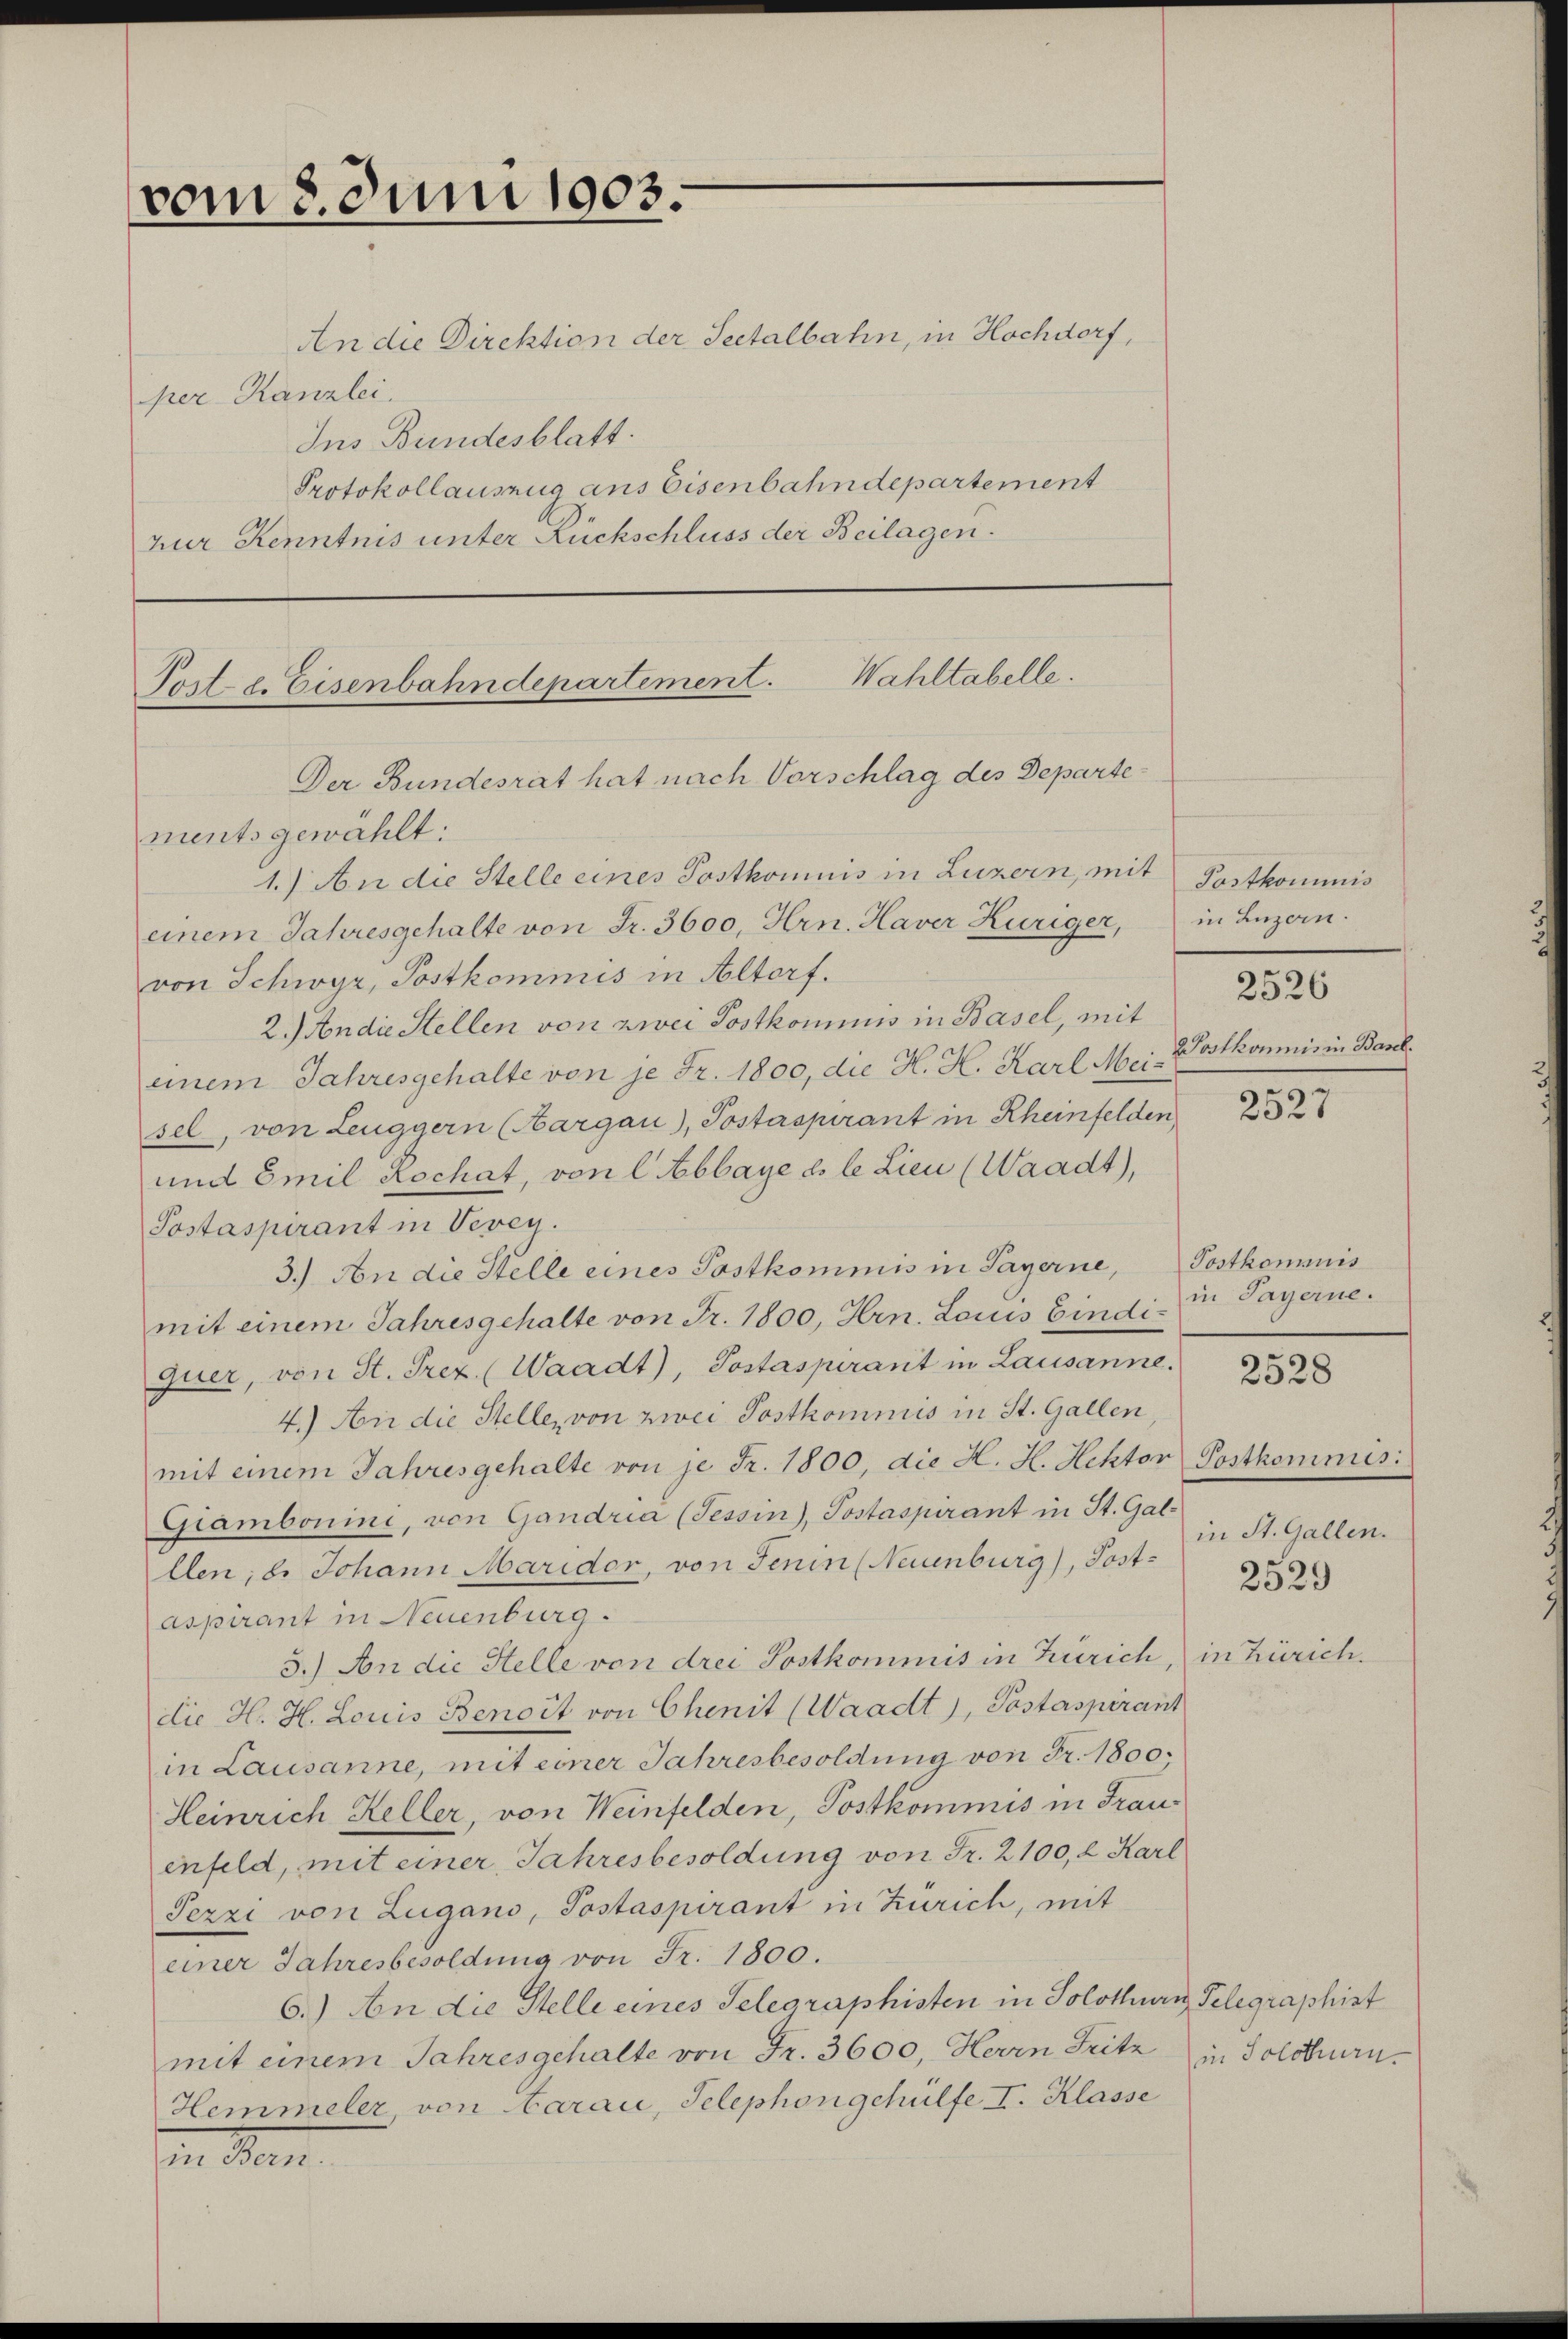
vom 8. Juni 1903.

An die Direktion der Seetalbahn, in Hochdorf,
per Kanzlei.
Ins Bundesblatt.
Protokollauszug aus Eisenbahndepartement
zur Kenntnis unter Rückschluss der Beilagen.

Post. e. Eisenbahndepartement. Wahltabelle.
Der Bundesrat hat nach Vorschlag des Departe¬

ments gewählt:
1.) An die Stelle eines Postkomnis in Luzern, mit Postkommnis
einem Jahresgehalte von Fr. 3600, Hrn. Haver Hüriger, in Luzern.
von Schwyz, Postkommis in Altorf.
2.) An die Stellen von zwei Postkommnis in Basel, mit
einem Jahresgehalte von je Fr. 1800, die H. H. Karl Mei-Wostkommnis in Baul
sel, von Leuggern (Aargau), Posterspirant in Rheinfelden,
und Emil Rochat, von l Abbaye ds le Lieu (Waadt),
Postaspirant in Vevey.
3.) An die Stelle eines Postkommis in Payerne, Postkommis
mit einem Jahresgehalte von Fr. 1800, Hrn. Louis Eindi- in Payerne.
quer, von St. Trez. (Waadt), Postaspirant in Lausanne.
4.) An die Stelle, von zwei Postkommis in St. Gallen,
mit einem Jahresgehalte von je Fr. 1800, die H. H. Hektor Postkomnis:
Giambonini, von Gandria (Tessin), Postaspirant in St. Gal-
llen; b. Johann Maridor, von Jenin (Neuenburg), Post-
aspirant in Neuenburg.
3.) An die Stelle von drei Postkommis in Zürich, in Zürich.
die H. H. Louis Benoit von Chenit (Waadt), Postaspirant
in Lausanne, mit einer Jahresbesoldung von Fr. 1800,
Heinrich Keller, von Weinfelden, Postkommis in Frauenfeld, mit einer Jahresbesoldung von Fr. 2100, 2 Karl
Pezzi von Lugano, Postaspirant in Zürich, mit
einer Jahresbesoldung von Fr. 1800.
6.) An die Stelle eines Telegraphisten in Solothurn, Telegraphist
mit einem Jahresgehalte von Fr. 3600. Herrn Fritz
Hemmeler von Aarau, Telephongehülfe I. Klasse
in Bern.

2526

281

2528

in St. Gallen.

2529

in Solothurn.